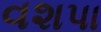
વશપા